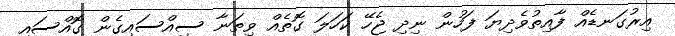
އިރުގަނޑެއް ފާއިތުވެދިޔަ ފަހުން ނިދި ޖެހޭ ކަހަލަ ގޮތެއް ވިތަނާ ސިއްސައިގެން ގޮއްސައި